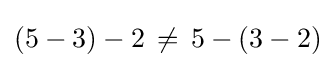
(5-3)-2\,\neq \,5-(3-2)